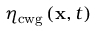
\eta _ { \mathrm { { c w g } } } \left( \mathbf { x } , t \right)